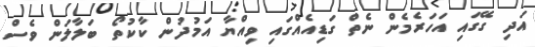
އަދި ގޭގައި އަހަރެމެން ނެތް ގަޑިއެއްގައި ވިއްޔާ އަމުދުން ކާކުތޯ ބަލާލަން ވެސް